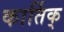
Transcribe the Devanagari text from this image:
कार्तिक्